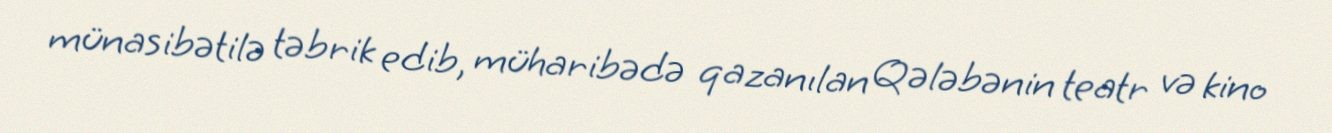
münasibətilə təbrik edib, müharibədə qazanılan Qələbənin teatr və kino